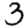
Digit: 3